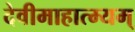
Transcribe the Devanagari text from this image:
देवीमाहात्म्यम्